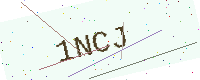
Text: 1NCJ